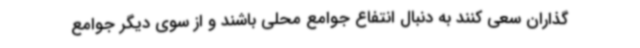
گذاران سعی کنند به دنبال انتفاع جوامع محلی باشند و از سوی دیگر جوامع